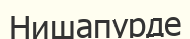
Нишапурде